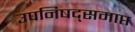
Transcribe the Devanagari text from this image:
उपनिषद्समाप्त